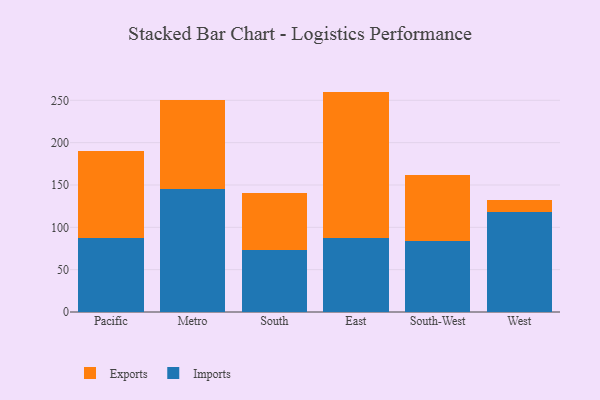
{"axis": {"x": "Region", "y": "Satisfaction Score"}, "legend": ["Exports", "Imports"], "data": [{"x": "Pacific", "y": 87.9, "type": "Imports"}, {"x": "Pacific", "y": 101.7, "type": "Exports"}, {"x": "Metro", "y": 145.7, "type": "Imports"}, {"x": "Metro", "y": 104.2, "type": "Exports"}, {"x": "South", "y": 73.2, "type": "Imports"}, {"x": "South", "y": 67.8, "type": "Exports"}, {"x": "East", "y": 87.0, "type": "Imports"}, {"x": "East", "y": 173.3, "type": "Exports"}, {"x": "South-West", "y": 84.4, "type": "Imports"}, {"x": "South-West", "y": 76.9, "type": "Exports"}, {"x": "West", "y": 118.0, "type": "Imports"}, {"x": "West", "y": 13.7, "type": "Exports"}]}